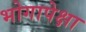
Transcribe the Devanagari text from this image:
भोगापेक्षा